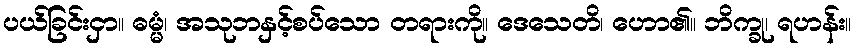
ပယ်ခြင်းငှာ။ ဓမ္မံ၊ အသုဘနှင့်စပ်သော တရားကို။ ဒေသေတိ၊ ဟော၏။ ဘိက္ခု၊ ရဟန်း။